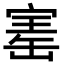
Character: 寚